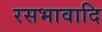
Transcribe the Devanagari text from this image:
रसभावादि